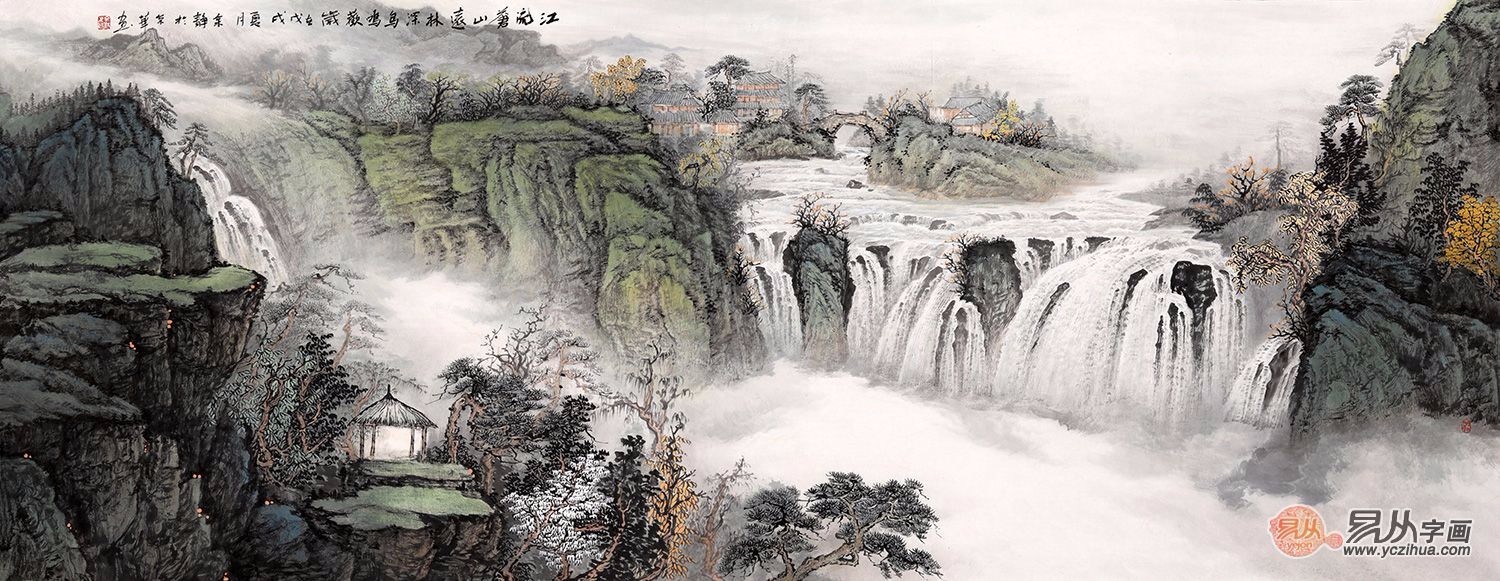
云深山坞，烟冷江皋，人生未易相逢。